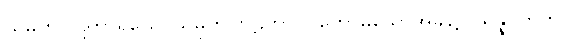
ယမကပါဋိဟာရိယေ၊ ယမိုက်ပြာဋိဟာ ပြတော်မူသောအခါ၌။ သန္နိပတိတာ၊